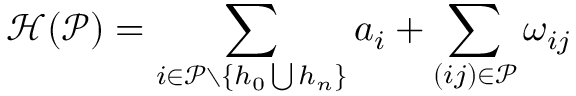
\mathcal H ( \mathcal P ) = \sum _ { i \in \mathcal P \setminus \{ h _ { 0 } \bigcup h _ { n } \} } a _ { i } + \sum _ { ( i j ) \in \mathcal P } \omega _ { i j } \qquad